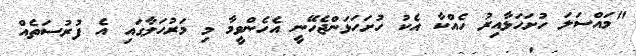
"މައްސަލަ ހުށަހަޅާއިރު ހެއްކާ އެކު ހުށަހަޅަންޖެހޭނީ އެހެންވީމާ މި މަރުހަލާގައި އެ ފުރުސަތެއް